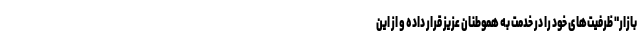
بازار" ظرفیت‌های خود را در خدمت به هموطنان عزیز قرار داده و از این